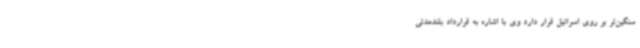
سنگین‌تر بر روی اسرائیل قرار دارد وی با اشاره به قرارداد بلندمدتی